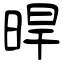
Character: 晘